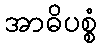
အာဓိပစ္စံ